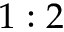
1 : 2